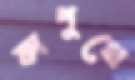
কাপুথে